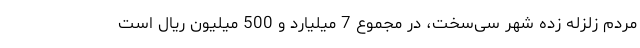
مردم زلزله زده شهر سی‌سخت، در مجموع 7 میلیارد و 500 میلیون ریال است